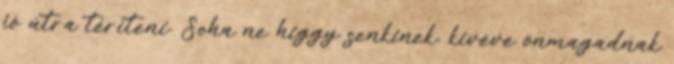
jó útra téríteni. Soha ne higgy senkinek, kivéve önmagadnak